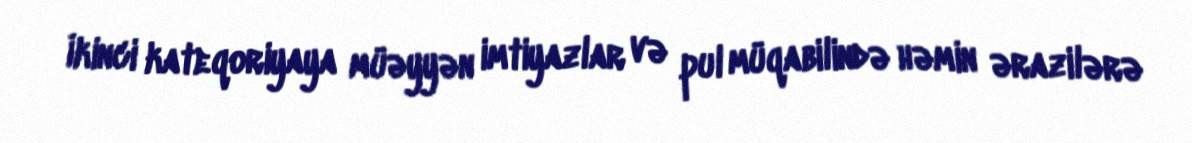
İkinci kateqoriyaya müəyyən imtiyazlar və pul müqabilində həmin ərazilərə